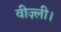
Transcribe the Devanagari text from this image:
वीज़्ली।